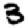
Digit: 3